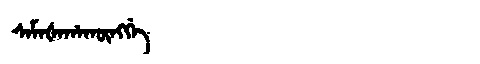
Manchu: ᠰᠠᠮᠠᡧᠠᡥᠠᡴᡡᠩᡤᡝ
Romanization: SAMAŠAHAKŪNGGE